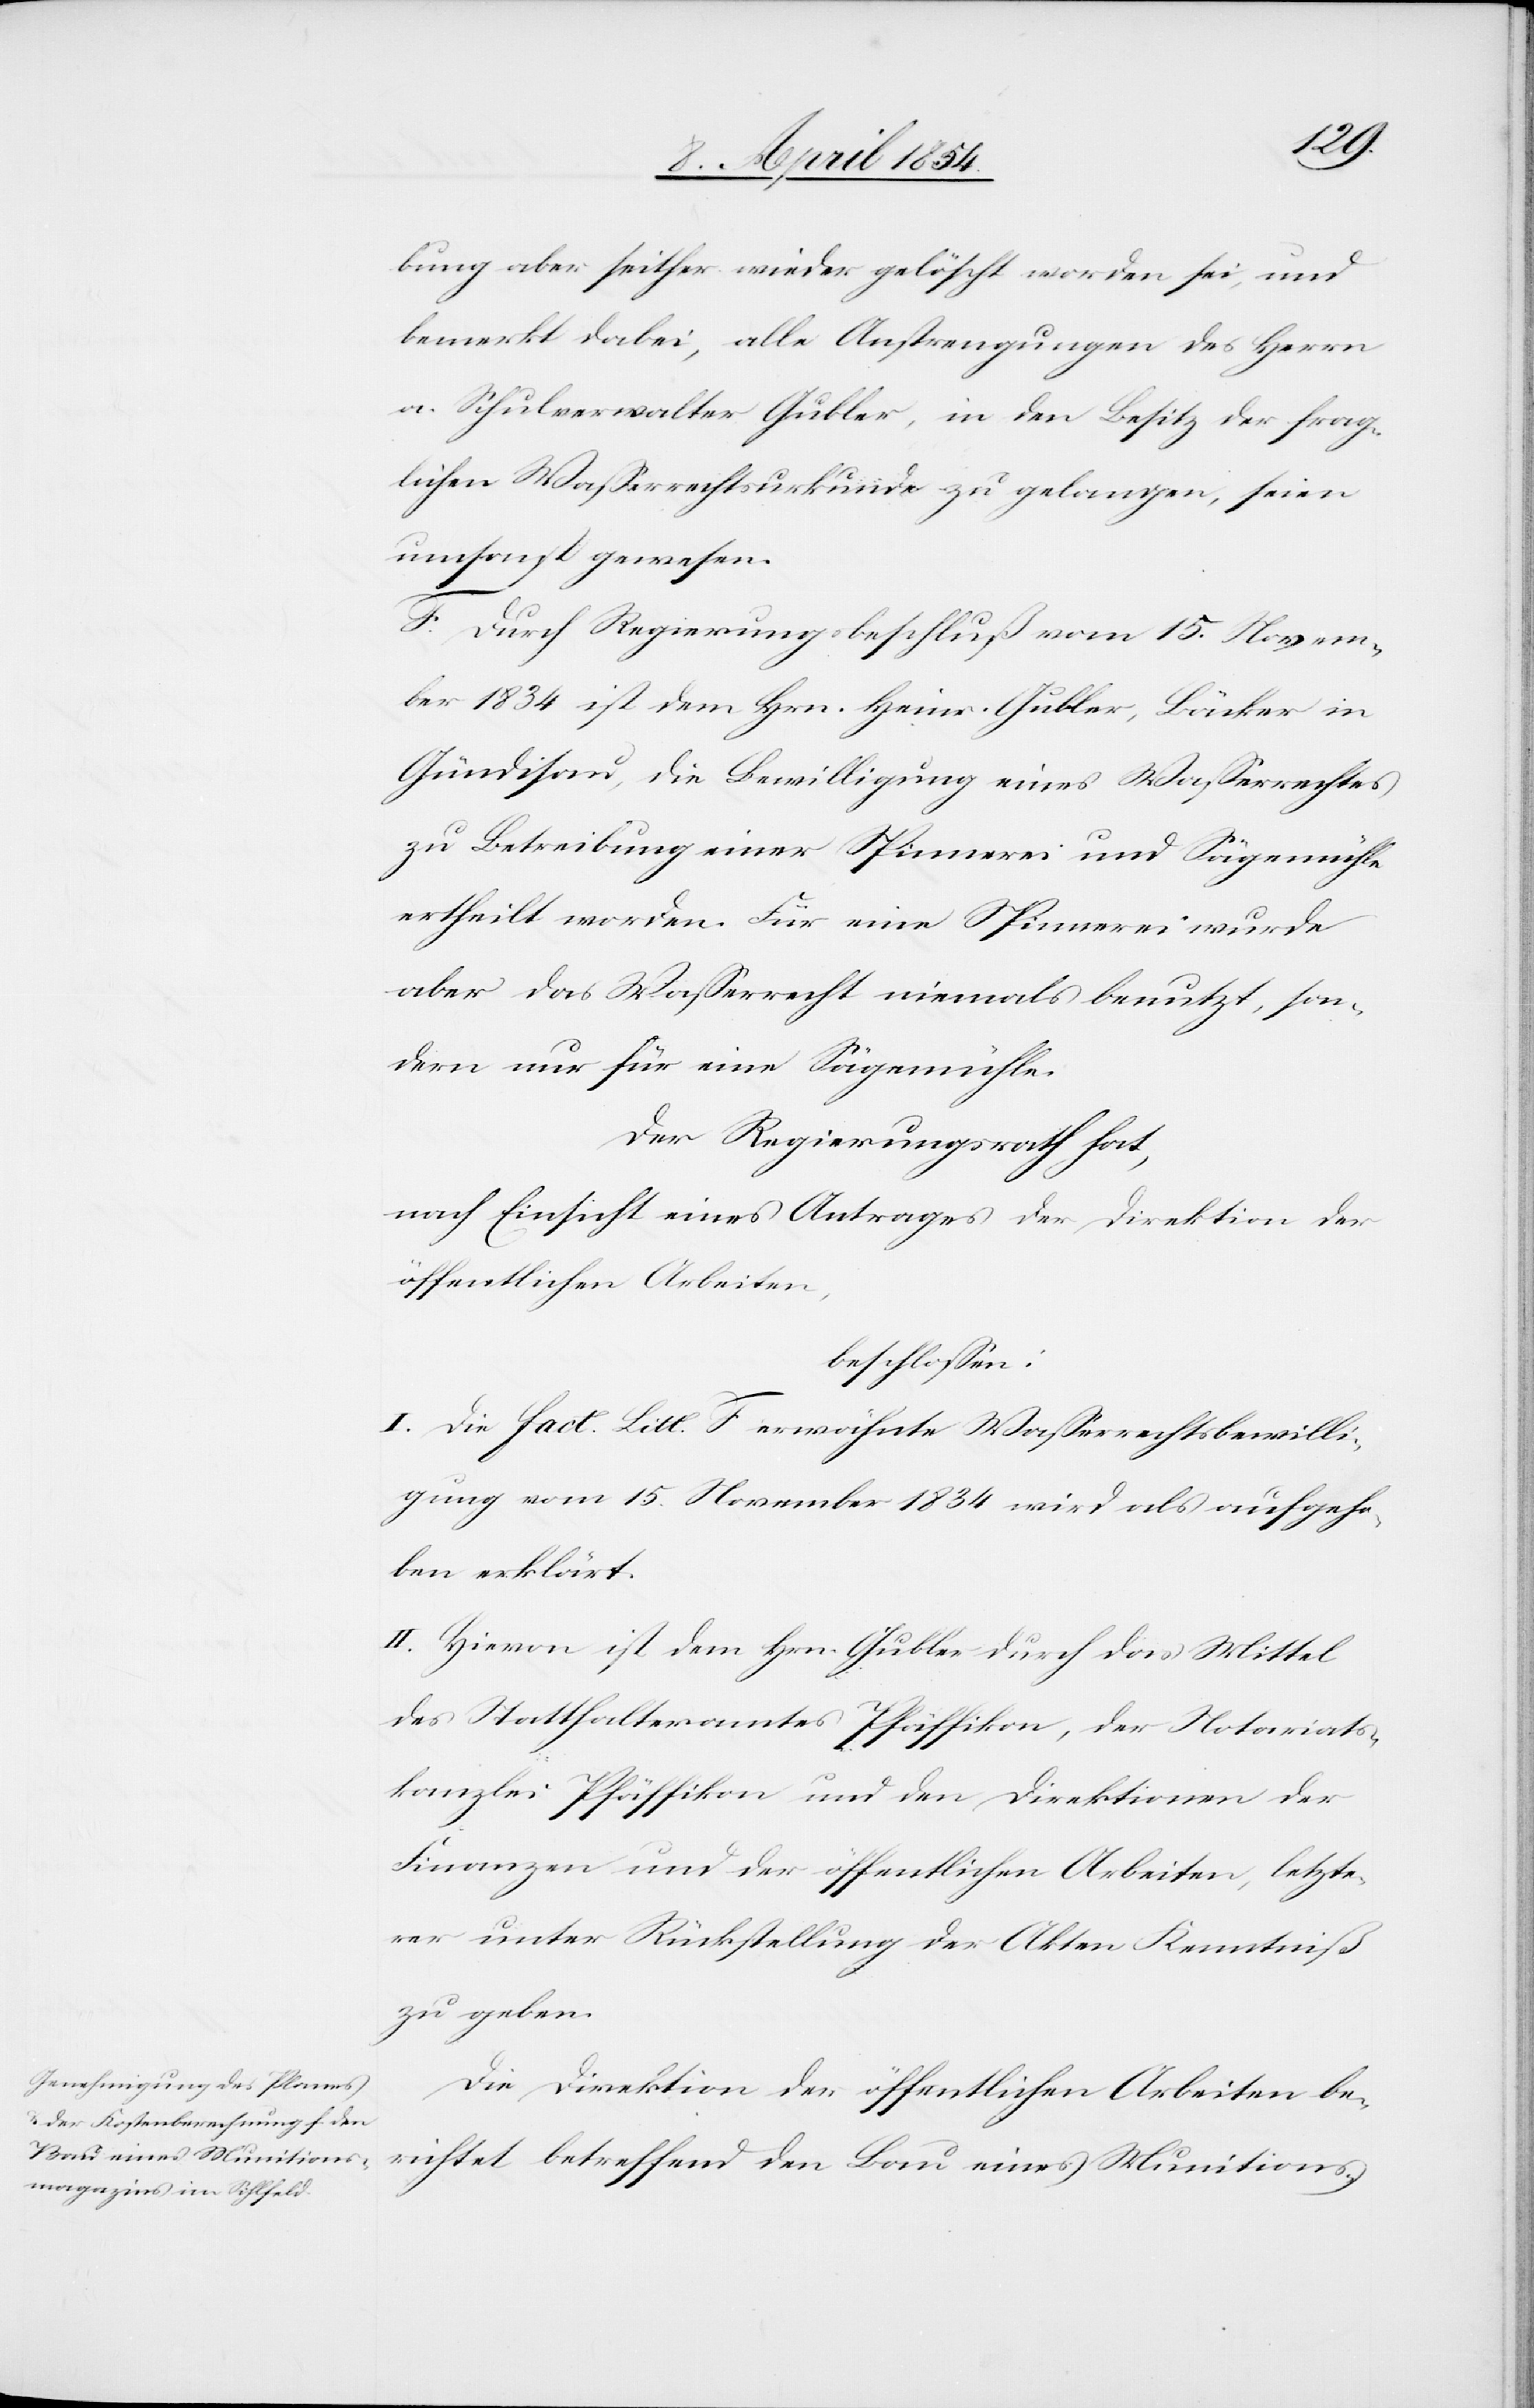
bung aber seither wieder gelöscht worden sei, und
bemerkt dabei, alle Anstrengungen des Herrn
a. Schulverwalter Gubler, in den Besitz der frag¬
lichen Waßerrechtsurkunde zu gelangen, seien
umsonst gewesen.
F. Durch Regierungsbeschluß vom 14. Novem¬
ber 1834 ist dem Hrn. Heinr. Gubler, Bäcker in
Gündisau, die Bewilligung eines Waßerrechts
zu Betreibung einer Spinnerei und Sägemühle
ertheilt worden. Für eine Spinnerei wurde
aber das Waßerrecht niemals benutzt, son¬
dern nur für eine Sägemühle.
Der Regierungsrath hat,
nach Einsicht eines Antrages der Direktion der
öffentlichen Arbeiten,
beschloßen:
I. Die Fact. Litt. F erwähnte Waßerrechtsbewilli¬
gung vom 15. November 1834 wird als aufgeho¬
ben erklärt.
II. Hievon ist dem Hrn. Gubler durch das Mittel
des Statthalteramtes Pfäffikon, der Notariats¬
kanzlei Pfäffikon und den Direktionen der
Finanzen und der öffentlichen Arbeiten, letzte¬
rer unter Rückstellung der Akten Kenntniß
zu geben.
Die Direktion der öffentlichen Arbeiten be¬
richtet betreffend den Bau eines Munitions-